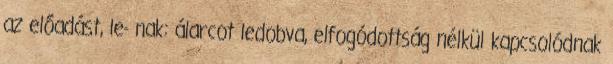
az előadást, le- nak: álarcot ledobva, elfogódottság nélkül kapcsolódnak